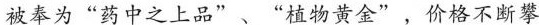
被奉为”药中之上品”、”植物黄金”，价格不断攀